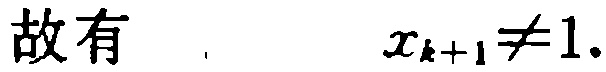
故有 \(\quad x_{k + 1} \neq 1.\)